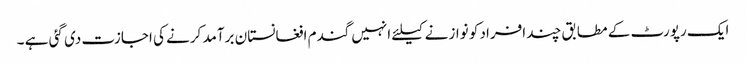
ایک رپورٹ کے مطابق چند افراد کو نوازنے کیلئے انہیں گندم افغانستان برآمد کرنے کی اجازت دی گئی ہے ۔